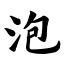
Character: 泡